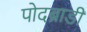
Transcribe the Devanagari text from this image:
पोदब्राडी